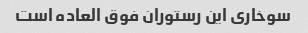
سوخاری این رستوران فوق العاده است